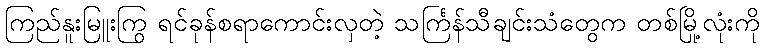
ကြည်နူးမြူးကြွ ရင်ခုန်စရာကောင်းလှတဲ့ သင်္ကြန်သီချင်းသံတွေက တစ်မြို့လုံးကို